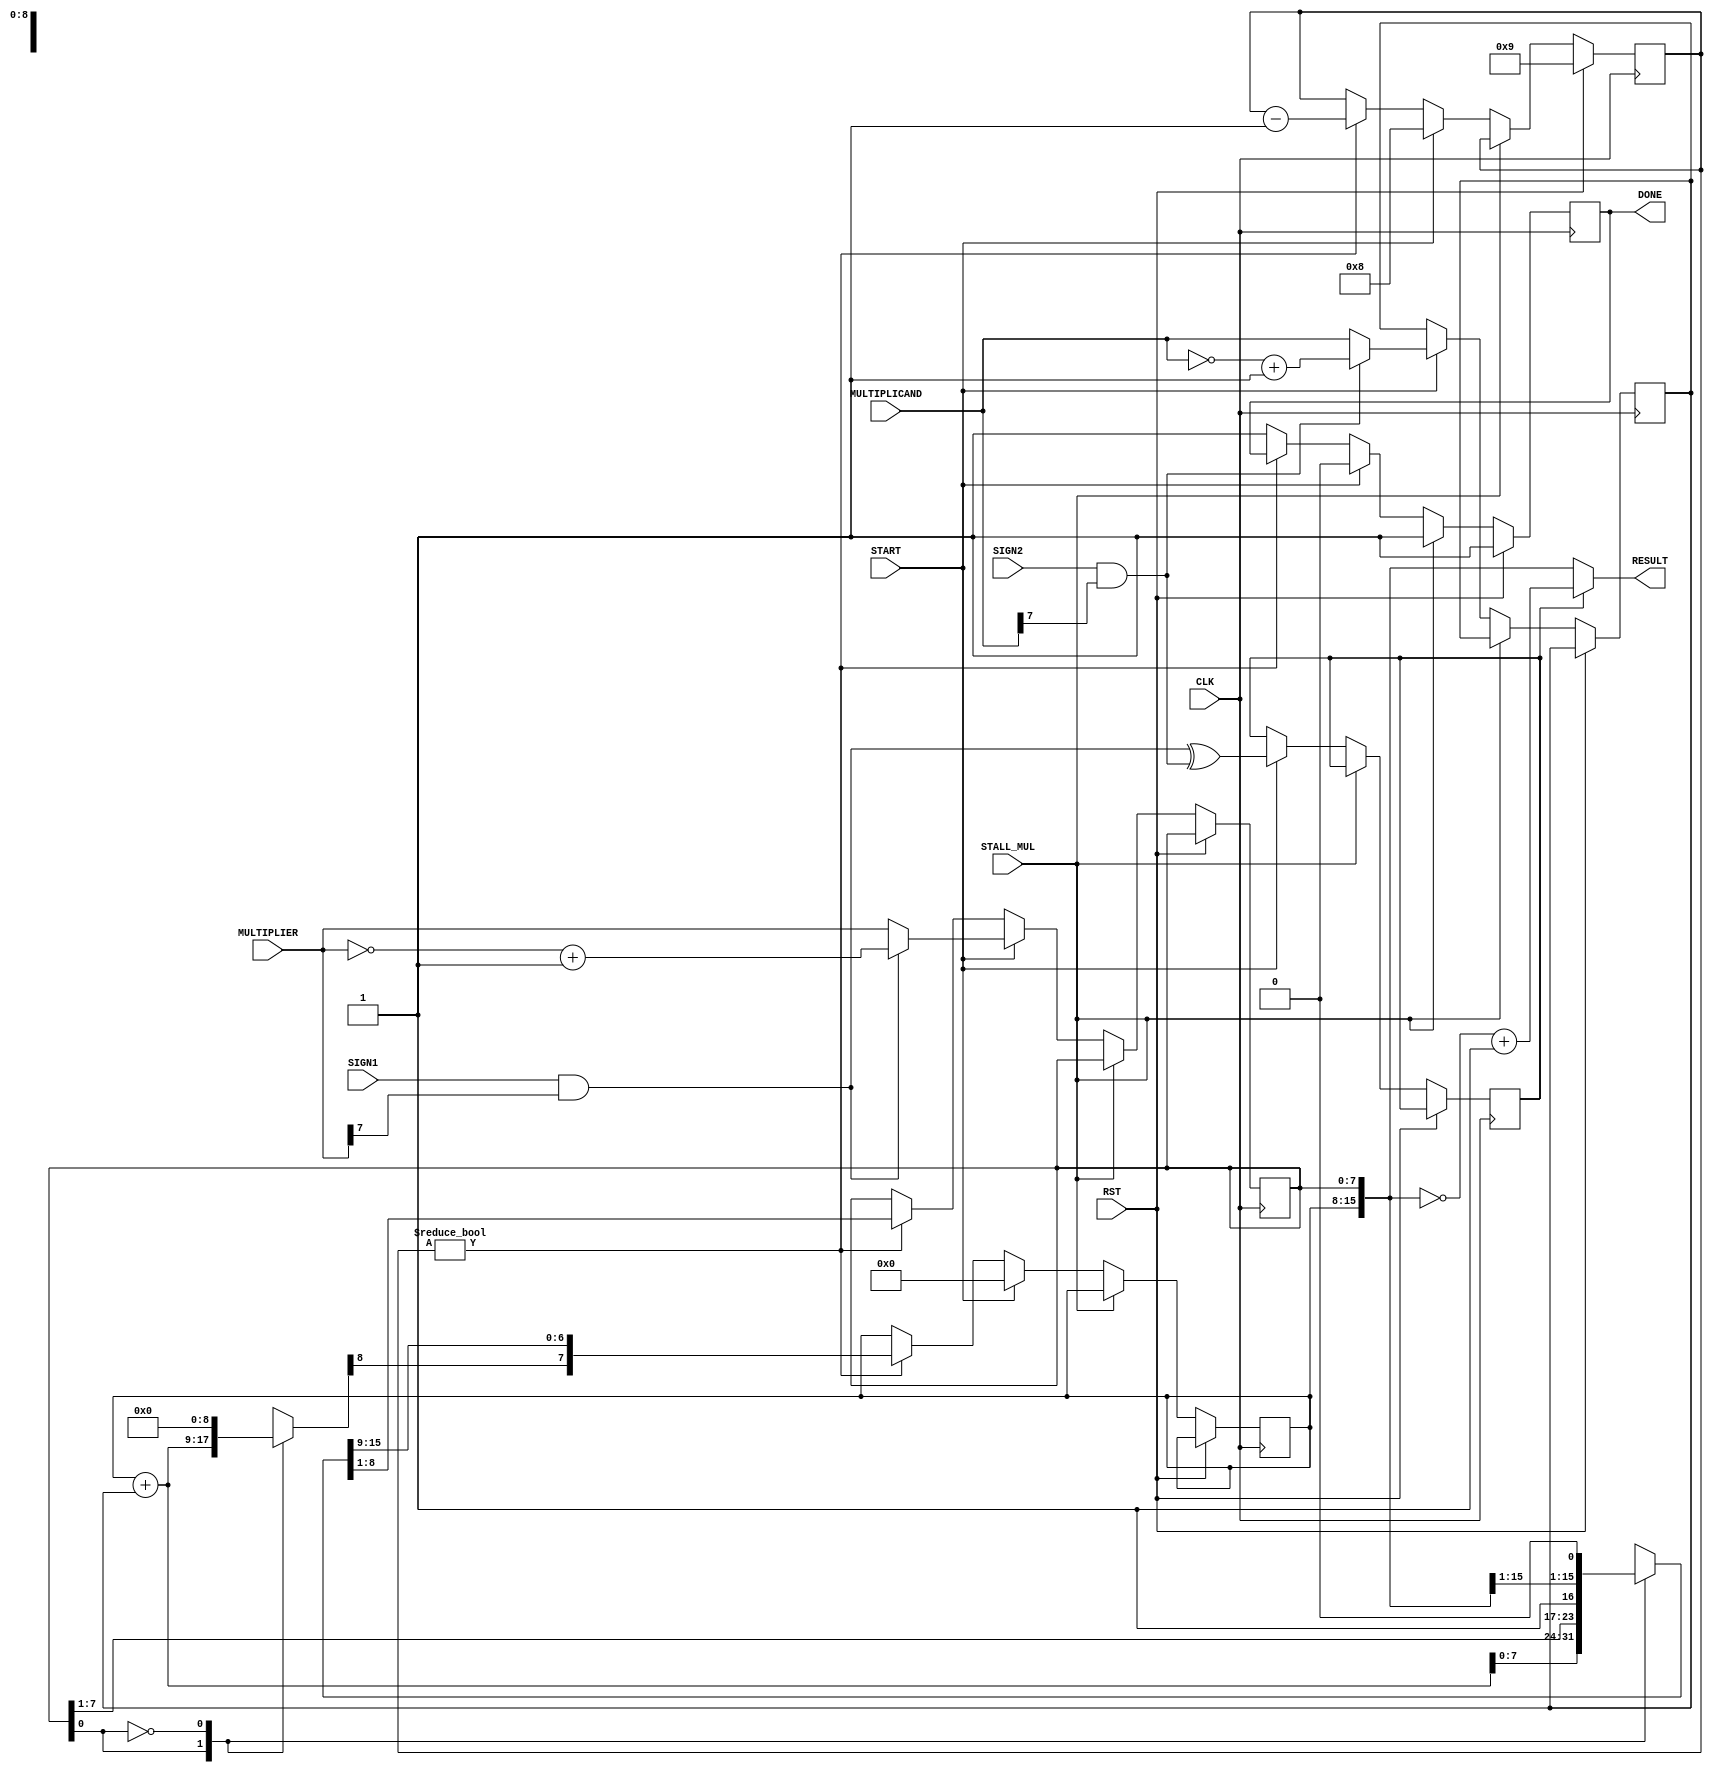
`timescale 1ns / 1ps
module mul_top1
#(
    parameter data_width = 8
)
(
    input                       CLK     ,
    input                       RST     ,
    input                       SIGN1   ,
    input                       SIGN2   ,
    input                       START   ,
    input [data_width-1:0]      MULTIPLIER    ,
    input [data_width-1  : 0]   MULTIPLICAND    ,
    output[2*data_width-1:0]    RESULT  ,
    input                       STALL_MUL,
    output reg                  DONE    =           0       
//    output  [2*data_width-1:0]  INT_OUT [0:data_width-1]                
    
);
    reg [2*data_width-1:0] int_mem [0:data_width-1];

    reg [data_width-1:0]    A                           ;
    reg [data_width-1:0]    multiplier              ;
    reg [data_width-1:0]    multiplicand               ;
    wire                    q0              =   multiplier[0]   ;
    reg [9:0]               N               =   data_width + 1  ;
    reg [2*data_width-1:0]  A_wire                     ;
    reg                     negative_output;
    reg [data_width-1:0] add  ;
    reg C_wire;
    reg C;
//    assign {C_wire,add} =  (A + multiplicand) ;
    always@(*)
    begin
        case(q0)
            2'b1:  begin
                        {C_wire,add}    = (A + multiplicand);
                        A_wire          =  {   add    ,multiplier}  ;
                    end
            2'b0:  begin 
                        A_wire          =  {A,multiplier}                           ; 
                        {C_wire,add}    = {C,32'b0};
                   end
        endcase
    end
    always @(posedge CLK)
    begin
        if(RST) begin
           N <=data_width+1;
           DONE <=1;
           C <=0;
        end
        else if(!STALL_MUL) begin
            if (START) begin
                multiplier      <=  ((SIGN1 &  MULTIPLIER[data_width-1]) ?      ~MULTIPLIER +1'b1 :  MULTIPLIER )         ;
                multiplicand    <=  ((SIGN2 &  MULTIPLICAND[data_width-1]) ?      ~MULTIPLICAND +1'b1 :  MULTIPLICAND )          ;
                // q_1             <=  1'b0                        ;
                A               <=  0                           ;
                N               <=  data_width                  ;
                negative_output   <= (SIGN1 & MULTIPLIER[data_width - 1]) ^ (SIGN2 & MULTIPLICAND[data_width - 1]);
                DONE            <=1'b0;
            end    
            else if (N!=0) begin
                N                           <=  N - 1                           ;
                {C,A,multiplier}          <=  {C_wire,A_wire[2*data_width-1:0] }  >>1    ;
            end
            else begin
                DONE                <= 1'b1;
            end
        end
        else begin
            DONE        <= 1'b1;
        end
    end
    assign RESULT               =   !negative_output? {A,multiplier}        :  ~{A,multiplier}   +1           ;
endmodule